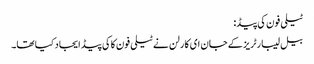
ٹیلی فون کی پیڈ:
بیل لیبارٹریز کے جان ای کارلن نے ٹیلی فون کاکی پیڈ ایجاد کیا تھا۔